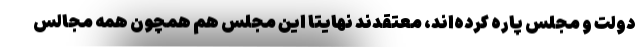
دولت و مجلس پاره کرده‌اند، معتقدند نهایتا این مجلس هم همچون همه مجالس